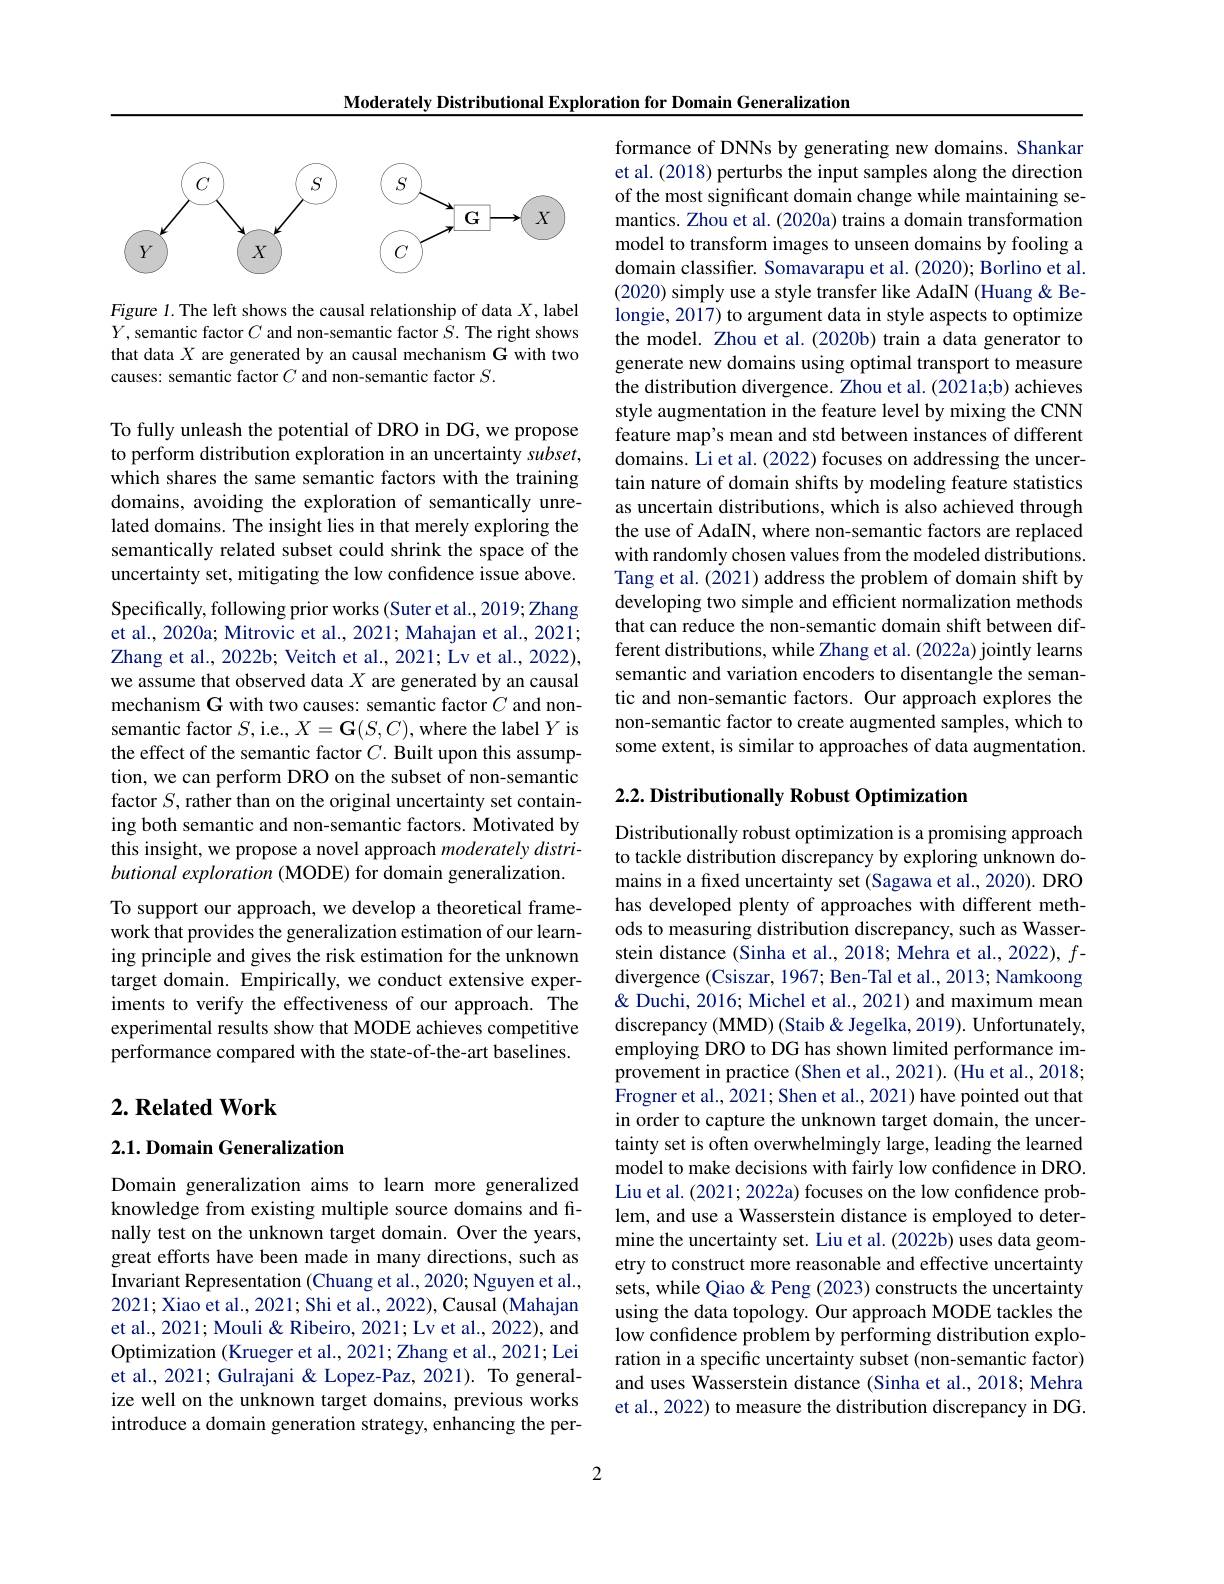
Moderately Distributional Exploration for Domain Generalization

<FigureHere>

Figure 1. The left shows the causal relationship of data $X$, label $Y$, semantic factor $C$ and non-semantic factor $S.$ The right shows that data $X$ are generated by an causal mechanism G with two causes: semantic factor $C$ and non-semantic factor $S.$

To fully unleash the potential of DRO in DG, we propose to perform distribution exploration in an uncertainty $subset$, which shares the same semantic factors with the training domains, avoiding the exploration of semantically unrelated domains. The insight lies in that merely exploring the semantically related subset could shrink the space of the uncertainty set, mitigating the low confidence issue above. Specifically, following prior works (Suter et al., 2019; Zhang et al., 2020a; Mitrovic et al., 2021; Mahajan et al., 2021; Zhang et al., 2022b; Veitch et al., 2021; Lv et al., 2022), we assume that observed data $X$ are generated by an causal mechanism G with two causes: semantic factor $C$ and nonsemantic factor $S$,i.e., $X=\mathbf{G}(S,C)$, where the label $Y$ is the effect of the semantic factor $C.$ Built upon this assumption, we can perform DRO on the subset of non-semantic factor $S$, rather than on the original uncertainty set containing both semantic and non-semantic factors. Motivated by this insight, we propose a novel approach moderately distributional exploration ( MODE) for domain generalization. To support our approach, we develop a theoretical framework that provides the generalization estimation of our learning principle and gives the risk estimation for the unknown target domain. Empirically, we conduct extensive experiments to verify the effectiveness of our approach. The experimental results show that MODE achieves competitive performance compared with the state-of-the-art baselines.

## $2. \textbf{ Related Work}$

2.1. Domain Generalization

Domain generalization aims to learn more generalized knowledge from existing multiple source domains and finally test on the unknown target domain. Over the years, great efforts have been made in many directions, such as Invariant Representation (Chuang et al., 2020; Nguyen et al., 2021; Xiao et al., 2021; Shi et al., 2022), Causal (Mahajan et al., 2021; Mouli & Ribeiro, 2021; Lv et al., 2022), and Optimization (Krueger et al., 2021; Zhang et al., 2021; Lei et al., 2021; Gulrajani & Lopez-Paz, 2021). To generalize well on the unknown target domains, previous works introduce a domain generation strategy, enhancing the per-

2

formance of DNNs by generating new domains. Shankar et al. (2018) perturbs the input samples along the direction of the most significant domain change while maintaining semantics. Zhou et al. (2020a) trains a domain transformation model to transform images to unseen domains by fooling a domain classifier. Somavarapu et al. (2020); Borlino et al. (2020) simply use a style transfer like AdaIN (Huang & Belongie, 2017) to argument data in style aspects to optimize the model. Zhou et al.(2020b) train a data generator to generate new domains using optimal transport to measure the distribution divergence. Zhou et al. (2021a;b) achieves style augmentation in the feature level by mixing the CNN feature map's mean and std between instances of different domains. Li et al. (2022) focuses on addressing the uncertain nature of domain shifts by modeling feature statistics as uncertain distributions, which is also achieved through the use of AdaIN, where non-semantic factors are replaced with randomly chosen values from the modeled distributions. Tang et al. (2021) address the problem of domain shift by developing two simple and efficient normalization methods that can reduce the non-semantic domain shift between different distributions, while Zhang et al. (2022a) jointly learns semantic and variation encoders to disentangle the semantic and non-semantic factors. Our approach explores the non-semantic factor to create augmented samples, which to some extent, is similar to approaches of data augmentation.

$2. 2. \textbf{ Distributionally Robust Optimization}$

Distributionally robust optimization is a promising approach to tackle distribution discrepancy by exploring unknown domains in a fixed uncertainty set (Sagawa et al., 2020). DRO has developed plenty of approaches with different methods to measuring distribution discrepancy, such as Wasserstein distance (Sinha et al., 2018; Mehra et al., 2022), fdivergence (Csiszar, 1967; Ben-Tal et al., 2013; Namkoong & Duchi, 2016; Michel et al., 2021) and maximum mean discrepancy (MMD) (Staib&Jegelka, 2019). Unfortunately, employing DRO to DG has shown limited performance improvement in practice (Shen et al., 2021). (Hu et al., 2018; Frogner et al., 2021; Shen et al., 2021) have pointed out that in order to capture the unknown target domain, the uncertainty set is often overwhelmingly large, leading the learned model to make decisions with fairly low confidence in DRO. Liu et al. (2021; 2022a) focuses on the low confidence problem, and use a Wasserstein distance is employed to determine the uncertainty set. Liu et al. (2022b) uses data geometry to construct more reasonable and effective uncertainty sets, while Qiao & Peng (2023) constructs the uncertainty using the data topology. Our approach MODE tackles the low confidence problem by performing distribution exploration in a specific uncertainty subset (non-semantic factor) and uses Wasserstein distance (Sinha et al., 2018; Mehra et al., 2022) to measure the distribution discrepancy in DG.